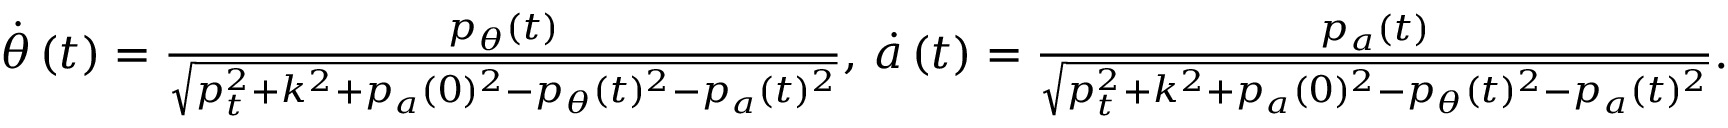
\begin{array} { r } { \dot { \theta } \left( t \right) = \frac { p _ { \theta } \left( t \right) } { \sqrt { p _ { t } ^ { 2 } + k ^ { 2 } + p _ { a } ( 0 ) ^ { 2 } - p _ { \theta } ( t ) ^ { 2 } - p _ { a } ( t ) ^ { 2 } } } , \, \dot { a } \left( t \right) = \frac { p _ { a } \left( t \right) } { \sqrt { p _ { t } ^ { 2 } + k ^ { 2 } + p _ { a } ( 0 ) ^ { 2 } - p _ { \theta } ( t ) ^ { 2 } - p _ { a } ( t ) ^ { 2 } } } . } \end{array}